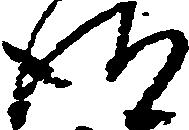
得